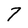
Character: 7